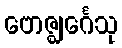
ဗောဇ္ဈင်္ဂေသု